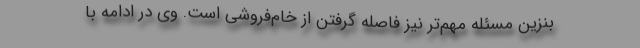
بنزین مسئله مهم‌تر نیز فاصله گرفتن از خام‌فروشی است. وی در ادامه با